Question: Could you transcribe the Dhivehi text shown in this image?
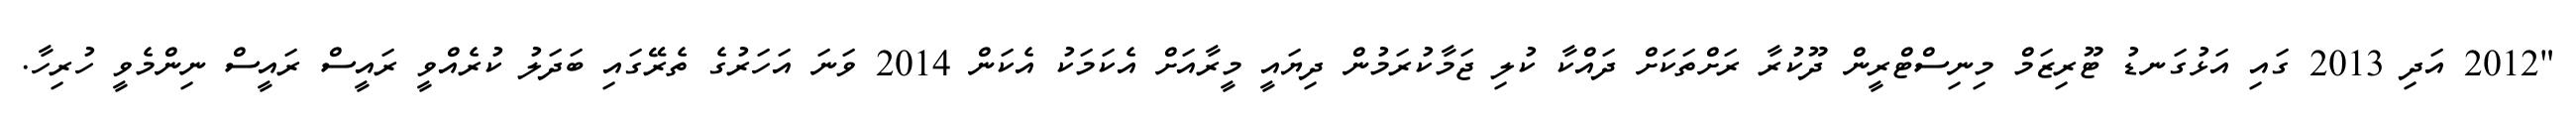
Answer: "2012 އަދި 2013 ގައި އަޅުގަނޑު ޓޫރިޒަމް މިނިސްޓްރީން ދޫކުރާ ރަށްތަކަށް ދައްކާ ކުލި ޖަމާކުރަމުން ދިޔައީ މީރާއަށް އެކަމަކު އެކަން 2014 ވަނަ އަހަރުގެ ތެރޭގައި ބަދަލު ކުރެއްވީ ރައީސް ރައީސް ނިންމެވީ ހުރިހާ.